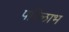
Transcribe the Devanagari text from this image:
परिलाभ